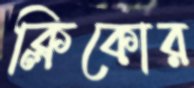
ক্লিকোর